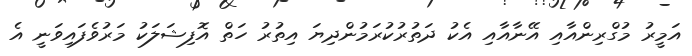
އަމީރު މުގްރިންއާއި އޭނާއާއި އެކު ދަތުރުކުރަމުންދިޔަ އިތުރު ހަތް އޮފިޝަލަކު މަރުވެފައިވަނީ އެ